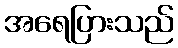
အရေပြားသည်